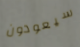
سيعودون